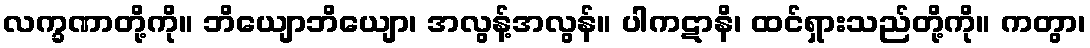
လက္ခဏာတို့ကို။ ဘိယျောဘိယျော၊ အလွန့်အလွန်။ ပါကဋာနိ၊ ထင်ရှားသည်တို့ကို။ ကတွာ၊